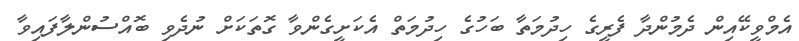
އެމްވީކޭއިން ދެމުންދާ ފެރީގެ ހިދުމަތާ ބަހުގެ ހިދުމަތް އެކަށީގެންވާ ގޮތަކަށް ނުދެވި ބޮއްސުންލާފައިވާ